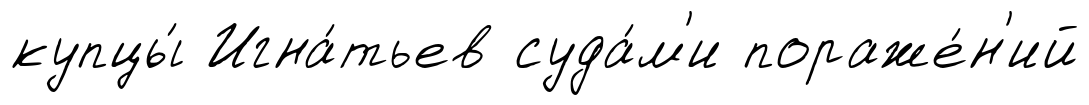
купцы́ Игна́тьев суда́м'и пораже́н'ий